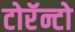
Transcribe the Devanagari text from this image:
टोरॅन्टो